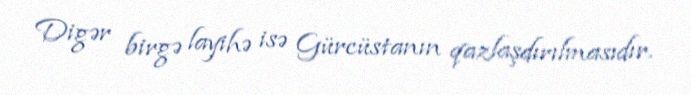
Digər birgə layihə isə Gürcüstanın qazlaşdırılmasıdır.